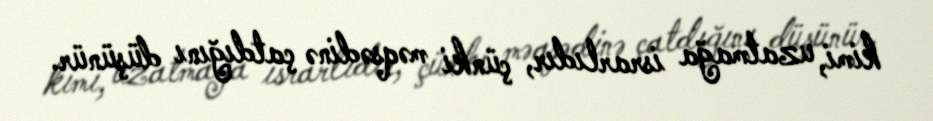
kimi, uzatmağa israrlıdır, çünki məqsədinə çatdığını düşünür.